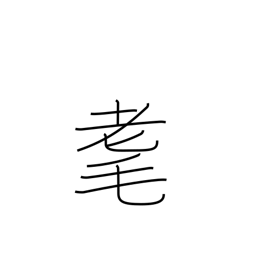
Meaning: senility